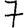
Digit: 7